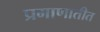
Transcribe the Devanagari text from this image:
प्रमाणातीत